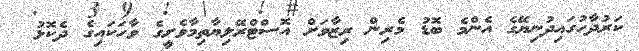
ކަރުދާހުގައިދުނިޔޭގެ އެންމެ ބޮޑު މެރިން ރިޒާވަށް އޮސްޓްރޭލިޔާތިމާވެށީގެ ވާހަކައިގެ ދެކޮޅު